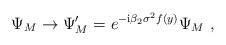
LaTeX: \begin{align*}\Psi_M\rightarrow \Psi'_M = e^{-{\rm i} \beta_2 \sigma^2 f(y)}\Psi_M\ ,\end{align*}